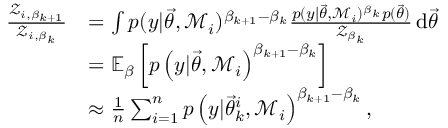
\begin{array} { r l } { \frac { \mathcal { Z } _ { i , \beta _ { k + 1 } } } { \mathcal { Z } _ { i , \beta _ { k } } } } & { = \int p ( y | \ensuremath { \vec { \theta } } , \mathcal { M } _ { i } ) ^ { \beta _ { k + 1 } - \beta _ { k } } \frac { p ( y | \ensuremath { \vec { \theta } } , \mathcal { M } _ { i } ) ^ { \beta _ { k } } p ( \ensuremath { \vec { \theta } } ) } { \mathcal { Z } _ { \beta _ { k } } } \, \mathrm { d } \ensuremath { \vec { \theta } } } \\ & { = \mathbb { E } _ { \beta } \left[ p \left( y \vert \ensuremath { \vec { \theta } } , \mathcal { M } _ { i } \right) ^ { \beta _ { k + 1 } - \beta _ { k } } \right] } \\ & { \approx \frac { 1 } { n } \sum _ { i = 1 } ^ { n } p \left( y \vert \ensuremath { \vec { \theta } } _ { k } ^ { i } , \mathcal { M } _ { i } \right) ^ { \beta _ { k + 1 } - \beta _ { k } } , } \end{array}